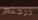
خرجتم